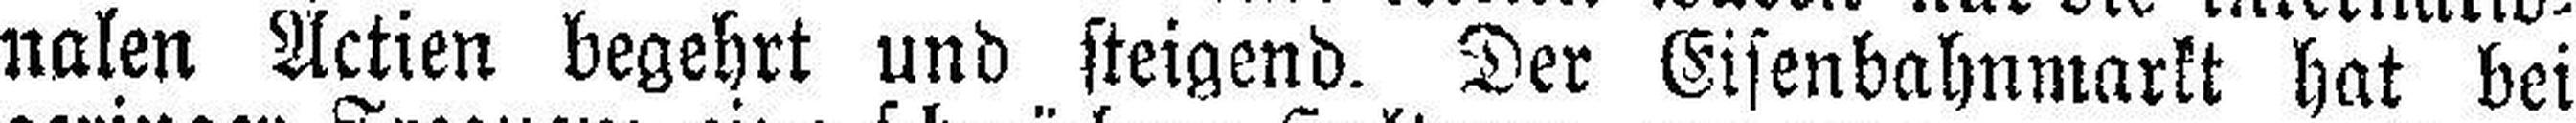
nalen Actien begehrt und steigend. Der Eisenbahnmarkt hat bei